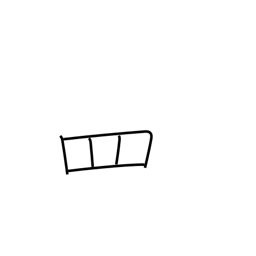
Meaning: net radical variant (no. 122)